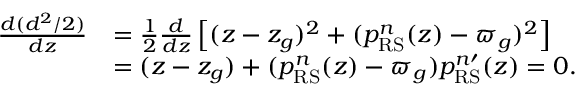
\begin{array} { r l } { \frac { d ( d ^ { 2 } / 2 ) } { d z } } & { = \frac { 1 } { 2 } \frac { d } { d z } \left[ ( z - z _ { g } ) ^ { 2 } + ( p _ { \mathrm { R S } } ^ { n } ( z ) - \varpi _ { g } ) ^ { 2 } \right] } \\ & { = ( z - z _ { g } ) + ( p _ { \mathrm { R S } } ^ { n } ( z ) - \varpi _ { g } ) p _ { \mathrm { R S } } ^ { n \prime } ( z ) = 0 . } \end{array}